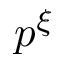
p ^ { \xi }